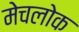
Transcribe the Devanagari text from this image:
मेचलोक